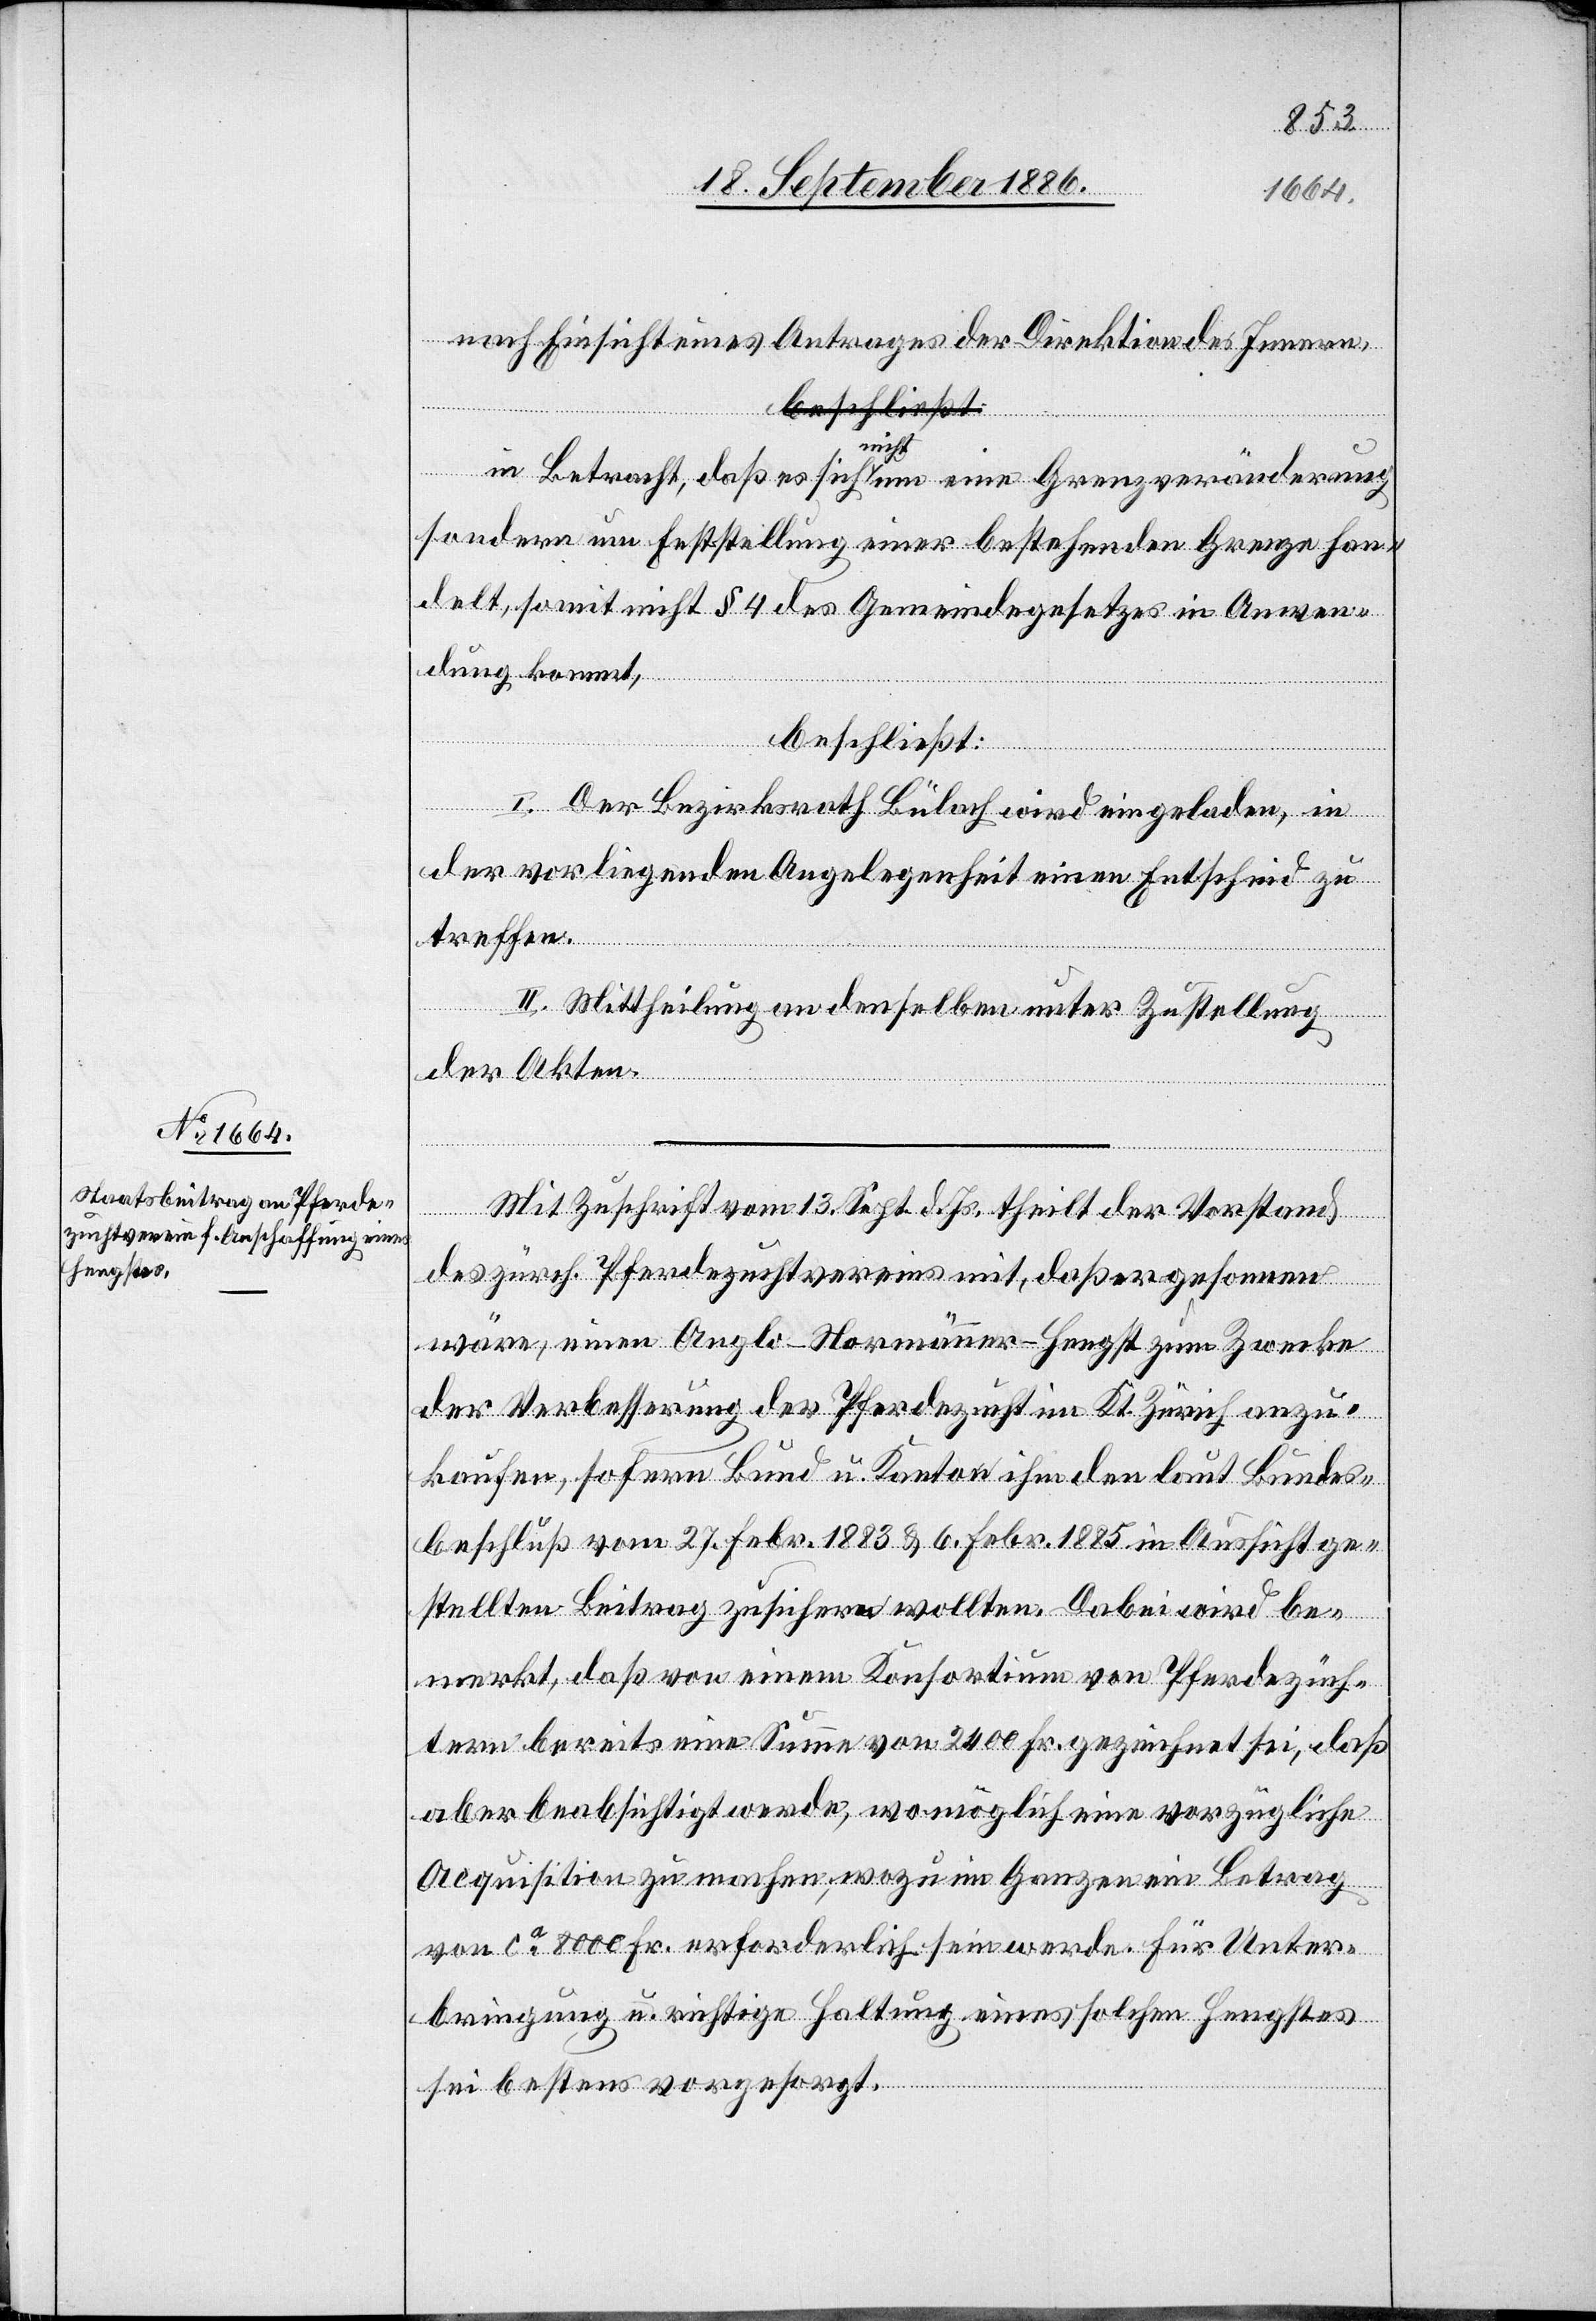
nach Einsicht eines Antrages der Direktion des Innern,
in Betracht, daß es sich a-nicht-a um eine Grenzveränderung
sondern um Feststellung einer bestehenden Grenze han¬
delt, somit nicht § 4 des Gemeindegesetzes in Anwen¬
dung kommt,
beschließt:
I. Der Bezirksrath Bülach wird eingeladen, in
der vorliegenden Angelegenheit einen Entscheid zu
treffen.
II. Mittheilung an denselben unter Zustellung
der Akten.
Mit Zuschrift vom 13. Sept. d. Js. theilt der Vorstand
des zürch. Pferdezuchtvereins mit, daß er gesonnen
wäre, einen Anglo-Normänner-Hengst zum Zwecke
der Verbesserung der Pferdezucht im Kt. Zürich anzu¬
kaufen, sofern Bund u. Kanton ihm den laut Bundes¬
beschluß vom 27. Febr. 1883 & 6. Febr. 1885 in Aussicht ge¬
stellten Beitrag zusichern wollten. Dabei wird be¬
merkt, daß von einem Konsortium von Pferdezüch¬
tern bereits eine Summe von 2400 Fr. gezeichnet sei, daß
aber beabsichtigt werde, womöglich eine vorzügliche
Acquisition zu machen, wozu im Ganzen ein Betrag
von ca 8000 Fr. erforderlich sein werde. Für Unter¬
bringung u. richtige Haltung eines solchen Hengstes
sei bestens vorgesorgt.